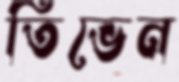
তিভেন